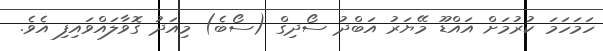
ހަމަހަމަ ކުރުމަށް އައްޑޫ މޭޔަރު އަބްދު ސޯދިގް (ސޯބެ) މިއަދު ގޮވާލައްވައިފި އެވެ.